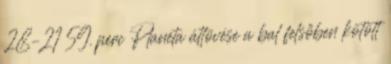
28–21 59. perc Planéta átlövése a bal felsőben kötött